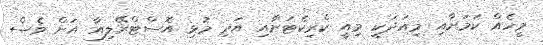
މީހެއް ކަމަށާއި މިއަދަކީ މިއީ ކްރިކެޓަށާއި އަދި މުޅި އޮސްޓްރޭލިއާ އަށް ވެސް